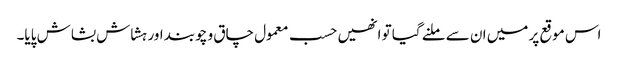
اس موقع پر میں ان سے ملنے گیا تو انھیں حسب معمول چاق و چوبند اور ہشاش بشاش پایا۔